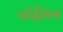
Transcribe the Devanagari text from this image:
वॉईसेस